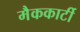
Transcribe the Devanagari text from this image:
मैककार्टी